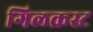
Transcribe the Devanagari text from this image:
गिलक्रस्ट